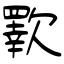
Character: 歝